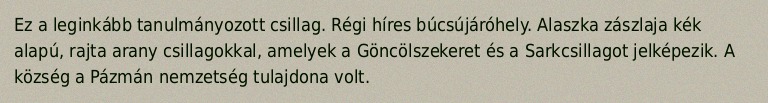
Ez a leginkább tanulmányozott csillag. Régi híres búcsújáróhely. Alaszka zászlaja kék alapú, rajta arany csillagokkal, amelyek a Göncölszekeret és a Sarkcsillagot jelképezik. A község a Pázmán nemzetség tulajdona volt.